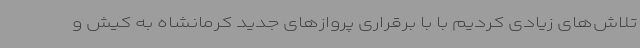
تلاش‌های زیادی کردیم با با برقراری پروازهای جدید کرمانشاه به کیش و